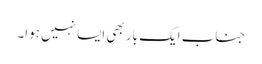
جناب ایک بار بھی ایسا نہیں ہوا۔